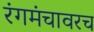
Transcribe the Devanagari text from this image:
रंगमंचावरच